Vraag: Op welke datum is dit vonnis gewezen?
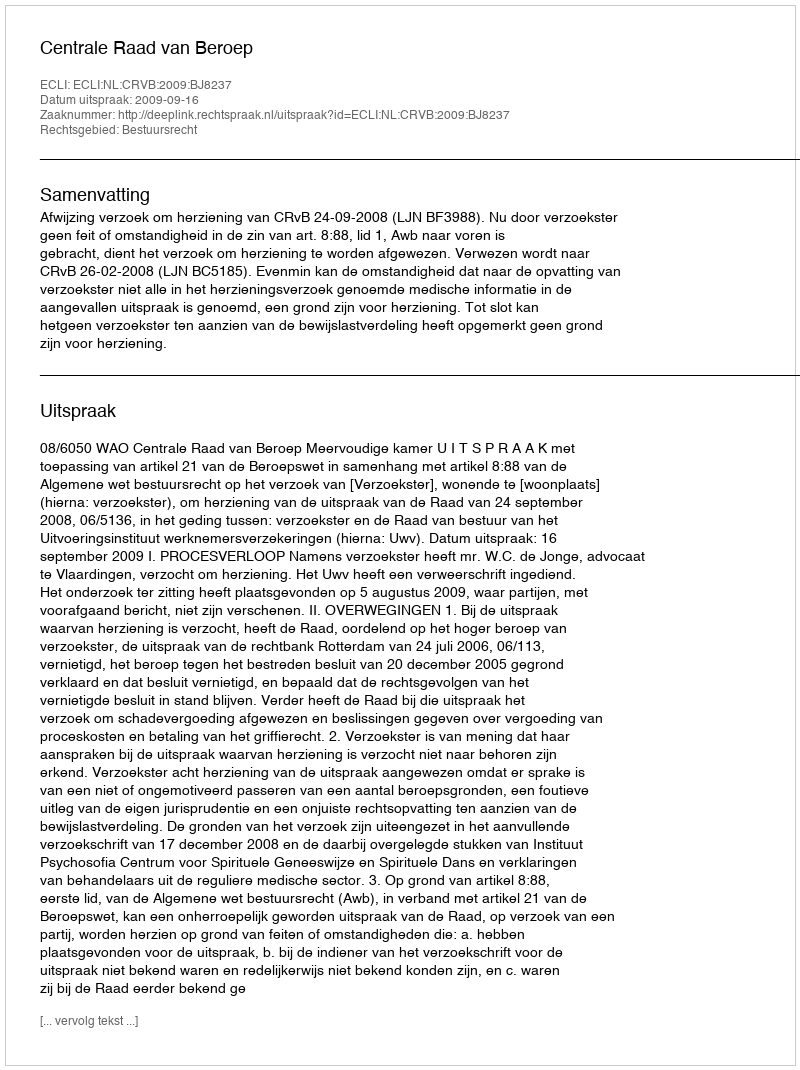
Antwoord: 2009-09-16